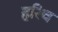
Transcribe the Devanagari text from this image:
हरिच